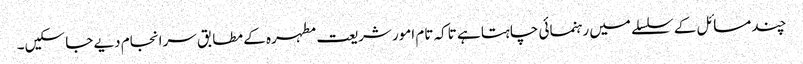
چند مسائل کے سلسلے میں رہنمائی چاہتا ہے تاکہ تام امور شریعت مطہرہ کے مطابق سرانجام دیے جا سکیں۔